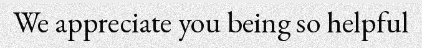
We appreciate you being so helpful